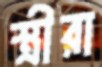
স্ত্রীরা